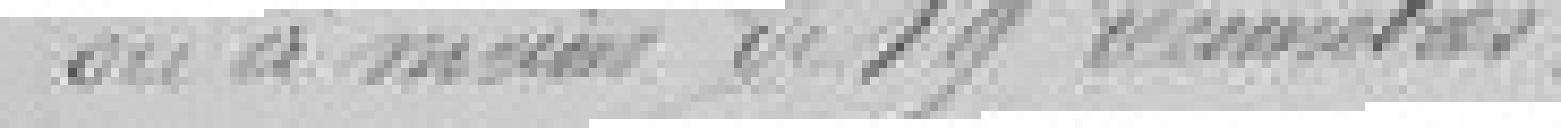
ou à moins de 19 décimètres.